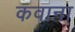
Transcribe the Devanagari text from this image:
कवाना